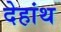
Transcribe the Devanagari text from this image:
देहांथ